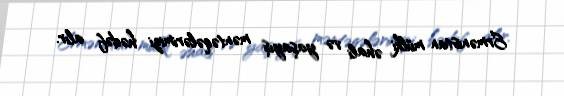
Ermənistan mülki əhali və yaşayış məntəqələrimizi hədəf alır.